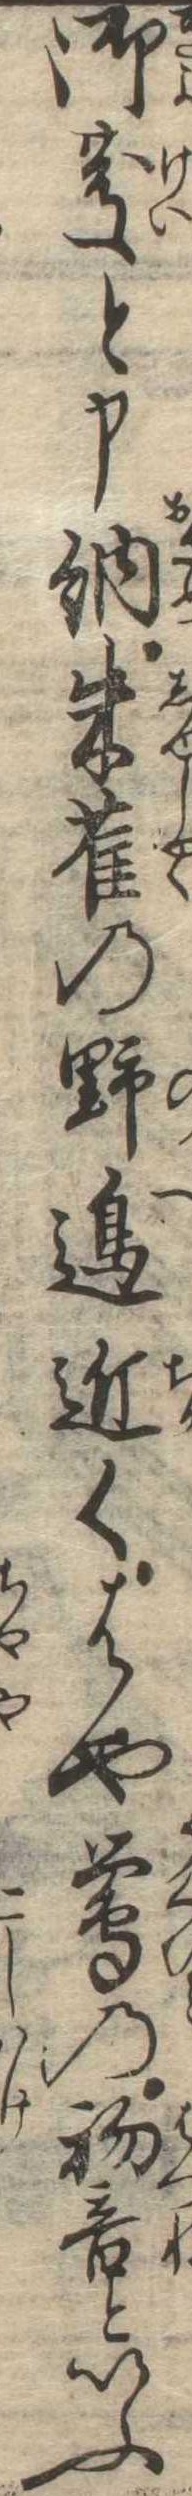
御慶と申納朱雀の野辺近くはや鴬の初音といふ